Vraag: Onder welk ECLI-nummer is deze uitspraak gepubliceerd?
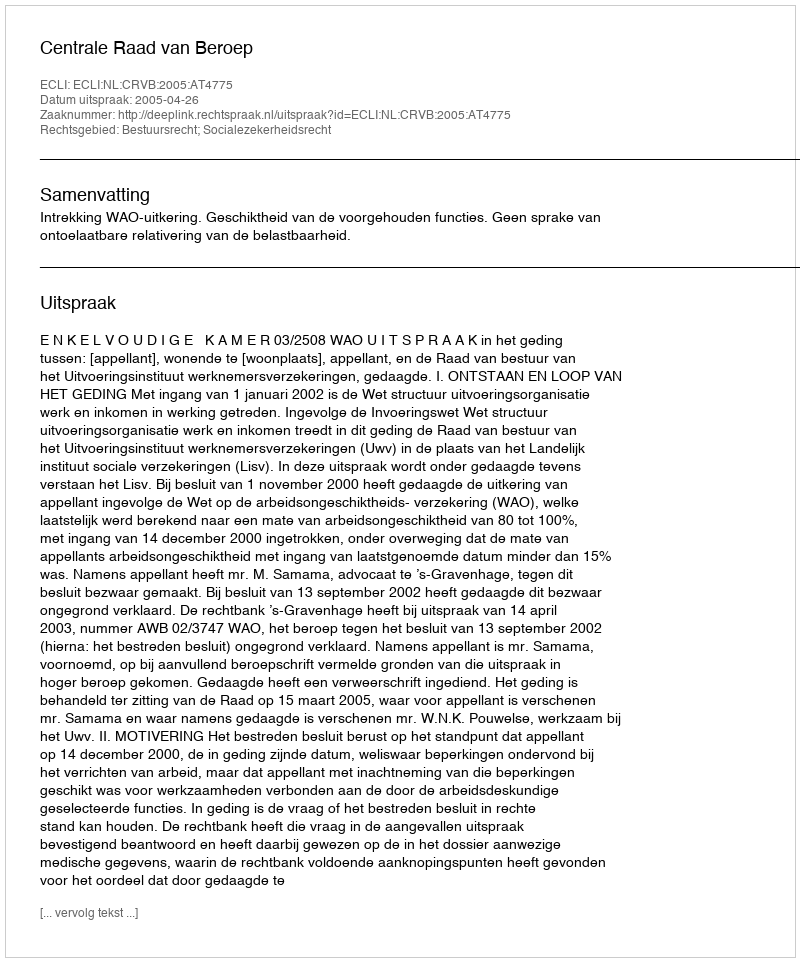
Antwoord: ECLI:NL:CRVB:2005:AT4775